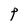
Character: P